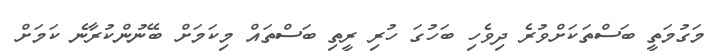
މަގުމަތީ ބަސްތަކަށްވުރެ ދިވެހި ބަހުގަ ހުރި ރީތި ބަސްތައް މިކަމަށް ބޭނުންކުރާނެ ކަމަށް